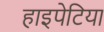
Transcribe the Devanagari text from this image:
हाइपेटिया